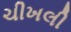
ચીખલી